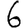
Digit: 6